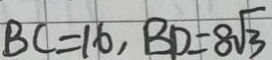
B C = 1 6 , B D = 8 \sqrt { 3 }